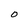
Character: O